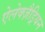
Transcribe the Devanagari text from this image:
ऐलेक्ज़ैड्रियन